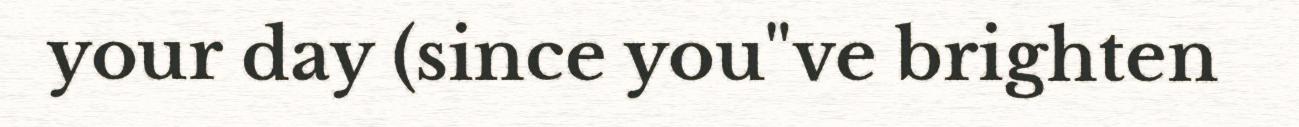
your day (since you"ve brighten